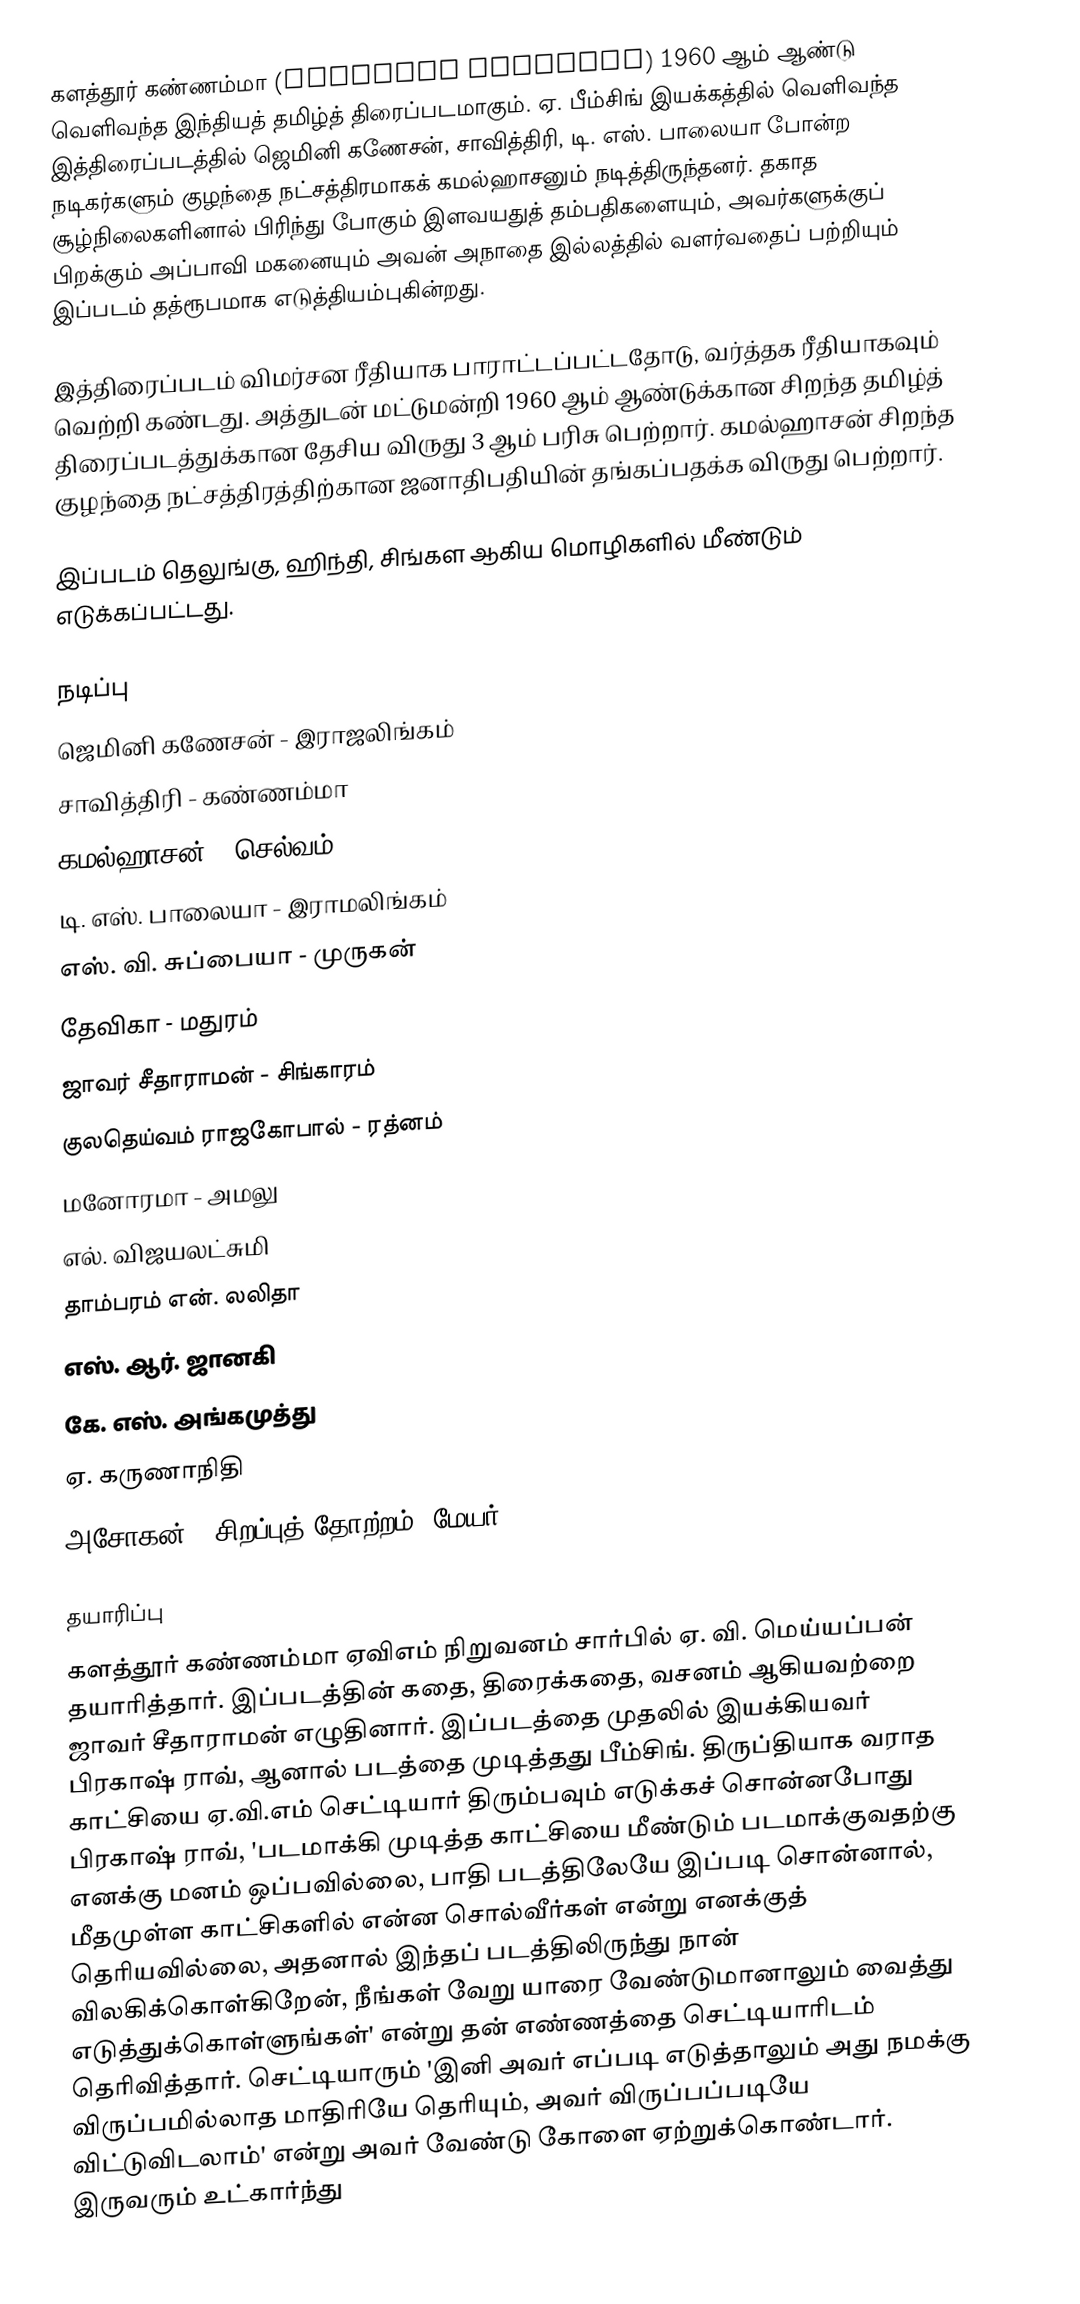
களத்தூர் கண்ணம்மா (Kalathur Kannamma) 1960 ஆம் ஆண்டு வெளிவந்த இந்தியத் தமிழ்த் திரைப்படமாகும். ஏ. பீம்சிங் இயக்கத்தில் வெளிவந்த இத்திரைப்படத்தில் ஜெமினி கணேசன், சாவித்திரி, டி. எஸ். பாலையா போன்ற நடிகர்களும் குழந்தை நட்சத்திரமாகக் கமல்ஹாசனும் நடித்திருந்தனர். தகாத சூழ்நிலைகளினால் பிரிந்து போகும் இளவயதுத் தம்பதிகளையும், அவர்களுக்குப் பிறக்கும் அப்பாவி மகனையும் அவன் அநாதை இல்லத்தில் வளர்வதைப் பற்றியும் இப்படம் தத்ரூபமாக எடுத்தியம்புகின்றது.

இத்திரைப்படம் விமர்சன ரீதியாக பாராட்டப்பட்டதோடு, வர்த்தக ரீதியாகவும் வெற்றி கண்டது. அத்துடன் மட்டுமன்றி 1960 ஆம் ஆண்டுக்கான சிறந்த தமிழ்த் திரைப்படத்துக்கான தேசிய விருது 3 ஆம் பரிசு பெற்றார். கமல்ஹாசன் சிறந்த குழந்தை நட்சத்திரத்திற்கான ஜனாதிபதியின் தங்கப்பதக்க விருது பெற்றார்.

இப்படம் தெலுங்கு, ஹிந்தி, சிங்கள ஆகிய மொழிகளில் மீண்டும் எடுக்கப்பட்டது.

நடிப்பு
 ஜெமினி கணேசன் - இராஜலிங்கம்
 சாவித்திரி - கண்ணம்மா
 கமல்ஹாசன் - செல்வம்
 டி. எஸ். பாலையா - இராமலிங்கம்
 எஸ். வி. சுப்பையா - முருகன்
 தேவிகா - மதுரம்
 ஜாவர் சீதாராமன் - சிங்காரம்
 குலதெய்வம் ராஜகோபால் - ரத்னம்
 மனோரமா - அமலு
 எல். விஜயலட்சுமி
 தாம்பரம் என். லலிதா
 எஸ். ஆர். ஜானகி
 கே. எஸ். அங்கமுத்து
 ஏ. கருணாநிதி
 அசோகன் - சிறப்புத் தோற்றம்  (மேயர்)

தயாரிப்பு
களத்தூர் கண்ணம்மா ஏவிஎம் நிறுவனம் சார்பில் ஏ. வி. மெய்யப்பன் தயாரித்தார். இப்படத்தின் கதை, திரைக்கதை, வசனம் ஆகியவற்றை ஜாவர் சீதாராமன் எழுதினார். இப்படத்தை முதலில் இயக்கியவர் பிரகாஷ் ராவ், ஆனால் படத்தை முடித்தது பீம்சிங். திருப்தியாக வராத காட்சியை ஏ.வி.எம் செட்டியார் திரும்பவும் எடுக்கச் சொன்னபோது பிரகாஷ் ராவ், 'படமாக்கி முடித்த காட்சியை மீண்டும் படமாக்குவதற்கு எனக்கு மனம் ஒப்பவில்லை, பாதி படத்திலேயே இப்படி சொன்னால், மீதமுள்ள காட்சிகளில் என்ன சொல்வீர்கள் என்று எனக்குத் தெரியவில்லை, அதனால் இந்தப் படத்திலிருந்து நான் விலகிக்கொள்கிறேன், நீங்கள் வேறு யாரை வேண்டுமானாலும் வைத்து எடுத்துக்கொள்ளுங்கள்' என்று தன் எண்ணத்தை செட்டியாரிடம் தெரிவித்தார். செட்டியாரும் 'இனி அவர் எப்படி எடுத்தாலும் அது நமக்கு விருப்பமில்லாத மாதிரியே தெரியும், அவர் விருப்பப்படியே விட்டுவிடலாம்' என்று அவர் வேண்டு கோளை ஏற்றுக்கொண்டார். இருவரும் உட்கார்ந்து